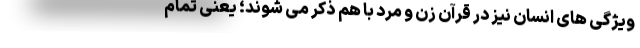
ویژگی های انسان نیز در قرآن زن و مرد با هم ذکر می شوند؛ یعنی تمام